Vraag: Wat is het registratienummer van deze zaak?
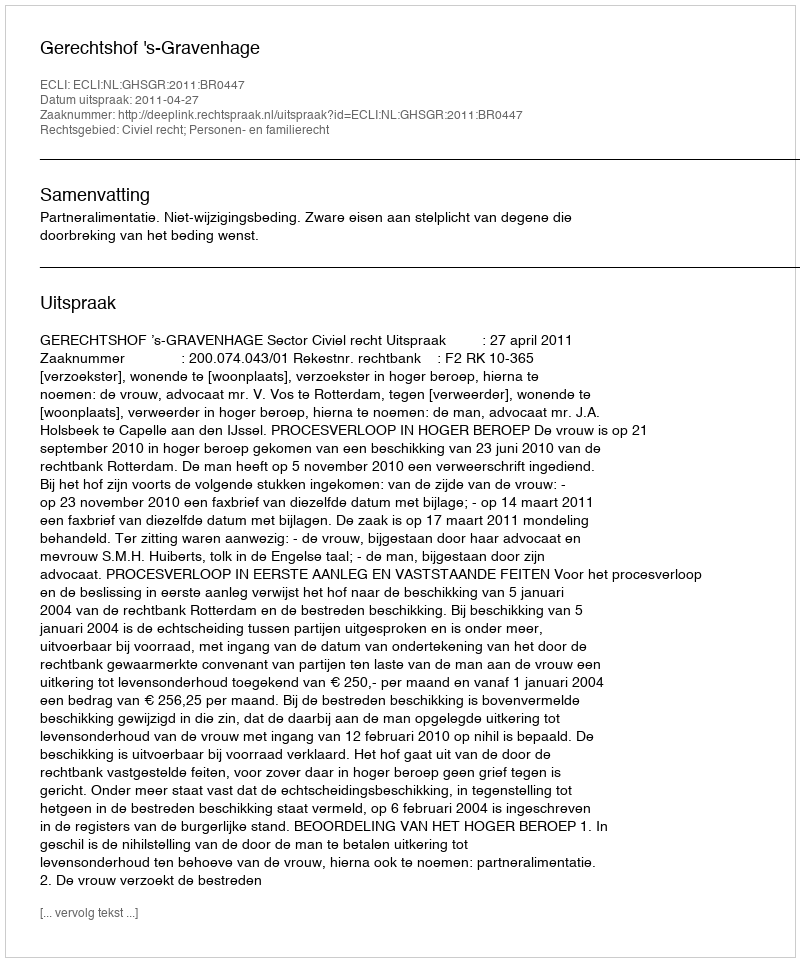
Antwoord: http://deeplink.rechtspraak.nl/uitspraak?id=ECLI:NL:GHSGR:2011:BR0447